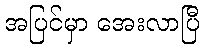
အပြင်မှာ အေးလာပြီ